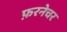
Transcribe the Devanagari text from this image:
फ़रनेचर